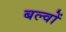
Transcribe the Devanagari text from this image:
बल्वों